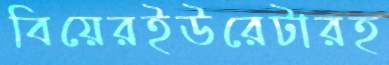
বিয়েরইউরেটারহ